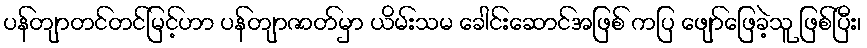
ပန်တျာတင်တင်မြင့်ဟာ ပန်တျာဇာတ်မှာ ယိမ်းသမ ခေါင်းဆောင်အဖြစ် ကပြ ဖျော်ဖြေခဲ့သူ ဖြစ်ပြီး၊